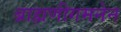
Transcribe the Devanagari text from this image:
ब्राह्मणीगमनेन